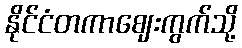
နိုင်ငံတကာဈေးကွက်သို့